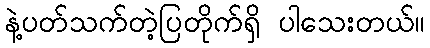
နဲ့ပတ်သက်တဲ့ပြတိုက်ရှိ ပါသေးတယ်။